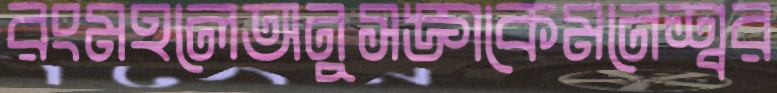
রংমহলেঅনুসঙ্গকেমনেশ্বর